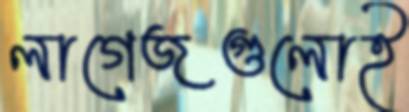
লাগেজগুলোই